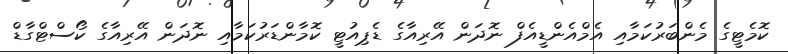
ކޮމެޓީގެ މެންބަރުކަމާއި އެމްއެންޑީއެފް ނޮދަން އޭރިއާގެ ޑެޕިއުޓީ ކޮމާންޑަރުކަމާއި ނޮދަން އޭރިއާގެ ކޯސްޓްގާޑް